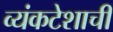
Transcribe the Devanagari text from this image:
व्यंकटेशाची